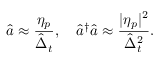
\hat { a } \approx \frac { \eta _ { p } } { \hat { \Delta } _ { t } } , \quad \hat { a } ^ { \dagger } \hat { a } \approx \frac { | \eta _ { p } | ^ { 2 } } { \hat { \Delta } _ { t } ^ { 2 } } .